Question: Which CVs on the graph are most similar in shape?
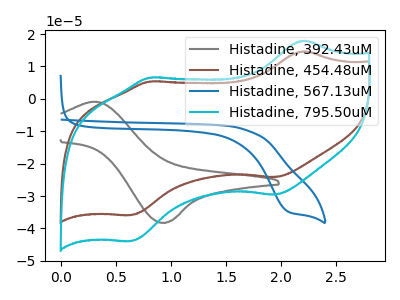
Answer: <think>The gray curve "Histadine, 392.43uM" has an anodic peak at (0.35V, -0.90uA) and a cathodic peak at (0.90V, -38.25uA). The brown curve "Histadine, 454.48uM" has anodic peaks at (2.20V, 14.70uA) (0.80V, 5.40uA) and cathodic peaks at (1.95V, -24.15uA) (0.65V, -35.90uA). The blue curve "Histadine, 567.13uM" has a cathodic peak at: (2.05V, -34.80uA). The cyan curve "Histadine, 795.50uM" has anodic peaks at (2.20V, 17.95uA) (0.80V, 6.60uA) and cathodic peaks at (1.95V, -29.55uA) (0.65V, -43.90uA).
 "Histadine, 392.43uM" and "Histadine, 454.48uM" have a different number of peaks. "Histadine, 392.43uM" and "Histadine, 567.13uM" have a different number of peaks. "Histadine, 392.43uM" and "Histadine, 795.50uM" have a different number of peaks. "Histadine, 454.48uM" and "Histadine, 567.13uM" have a different number of peaks. All the peaks in "Histadine, 454.48uM" have a peak in "Histadine, 795.50uM" at the same potential. Every peak in "Histadine, 454.48uM" is lower than every peak in "Histadine, 795.50uM". "Histadine, 567.13uM" and "Histadine, 795.50uM" have a different number of peaks.</think>
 <answer>"Histadine, 454.48uM" and "Histadine, 795.50uM" have the same shape and are likely CV's of the same chemical.</answer>
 <eval>"Histadine, 454.48uM" "Histadine, 795.50uM"</eval>